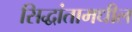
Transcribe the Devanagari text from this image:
सिद्धांतामधील